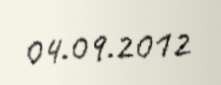
04.09.2012